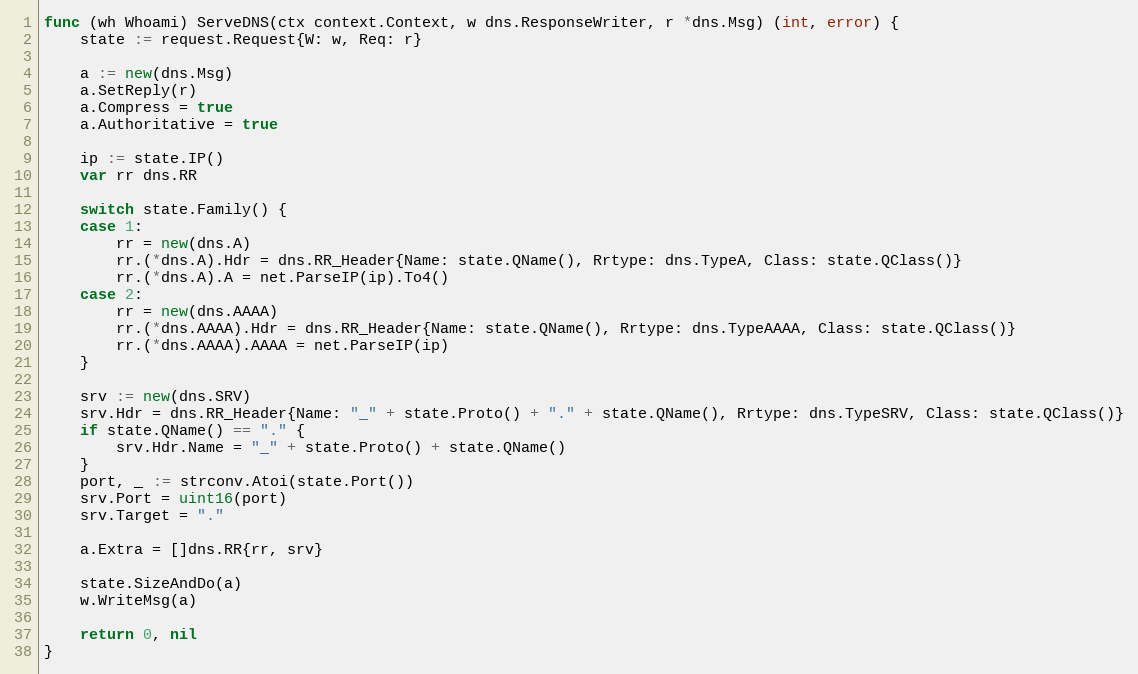
Language: Go
func (wh Whoami) ServeDNS(ctx context.Context, w dns.ResponseWriter, r *dns.Msg) (int, error) {
	state := request.Request{W: w, Req: r}

	a := new(dns.Msg)
	a.SetReply(r)
	a.Compress = true
	a.Authoritative = true

	ip := state.IP()
	var rr dns.RR

	switch state.Family() {
	case 1:
		rr = new(dns.A)
		rr.(*dns.A).Hdr = dns.RR_Header{Name: state.QName(), Rrtype: dns.TypeA, Class: state.QClass()}
		rr.(*dns.A).A = net.ParseIP(ip).To4()
	case 2:
		rr = new(dns.AAAA)
		rr.(*dns.AAAA).Hdr = dns.RR_Header{Name: state.QName(), Rrtype: dns.TypeAAAA, Class: state.QClass()}
		rr.(*dns.AAAA).AAAA = net.ParseIP(ip)
	}

	srv := new(dns.SRV)
	srv.Hdr = dns.RR_Header{Name: "_" + state.Proto() + "." + state.QName(), Rrtype: dns.TypeSRV, Class: state.QClass()}
	if state.QName() == "." {
		srv.Hdr.Name = "_" + state.Proto() + state.QName()
	}
	port, _ := strconv.Atoi(state.Port())
	srv.Port = uint16(port)
	srv.Target = "."

	a.Extra = []dns.RR{rr, srv}

	state.SizeAndDo(a)
	w.WriteMsg(a)

	return 0, nil
}